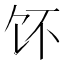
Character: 𱃳